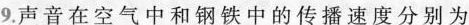
9.声音在空气中和钢铁中的传播速度分别为